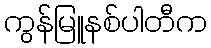
ကွန်မြူနစ်ပါတီက